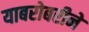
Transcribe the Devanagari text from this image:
याबरोबरीने